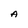
Character: A